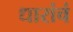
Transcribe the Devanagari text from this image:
धारांचं